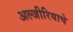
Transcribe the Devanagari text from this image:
अल्जीरियाचे